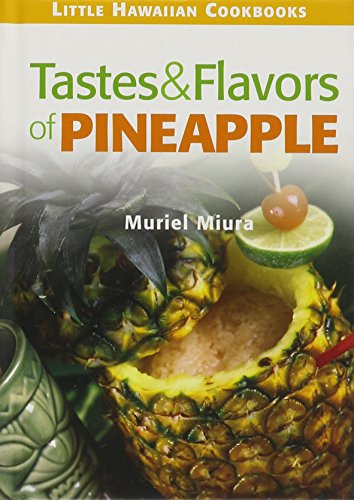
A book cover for Tastes & Flavors of Pineapple: Little Hawaiian Cookbooks; Muriel Miura; Cookbooks, Food & Wine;